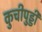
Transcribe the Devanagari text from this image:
कुचीपुड्डी